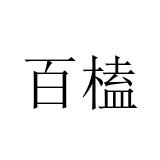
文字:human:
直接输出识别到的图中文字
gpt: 百榼